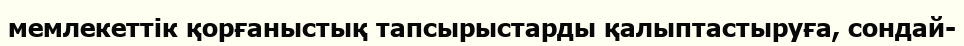
мемлекеттік қорғаныстық тапсырыстарды қалыптастыруға, сондай-